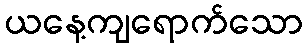
ယနေ့ကျရောက်သော